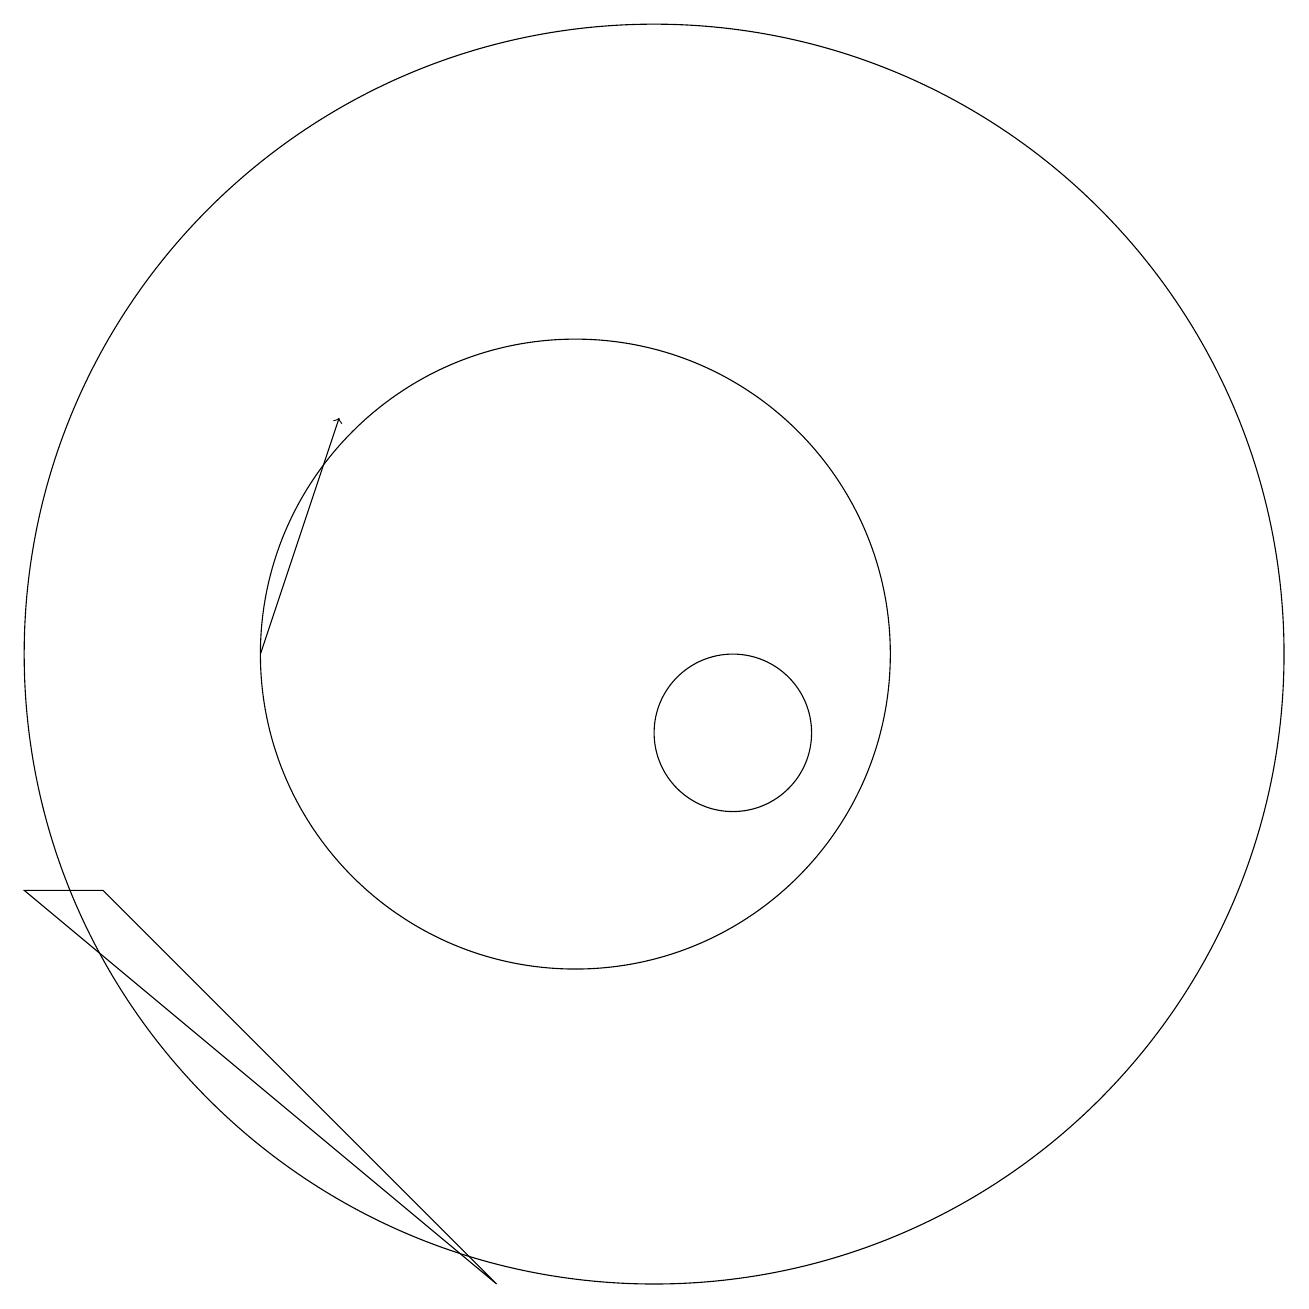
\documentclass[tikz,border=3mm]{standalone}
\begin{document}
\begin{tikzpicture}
\draw (12,10) circle (1);
\draw (11,11) circle (8);
\draw (10,11) circle (4);
\draw (3,8) -- (9,3) -- (4,8) -- cycle;
\draw[->] (6,11) -- (7,14);
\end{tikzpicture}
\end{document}